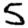
Digit: 5